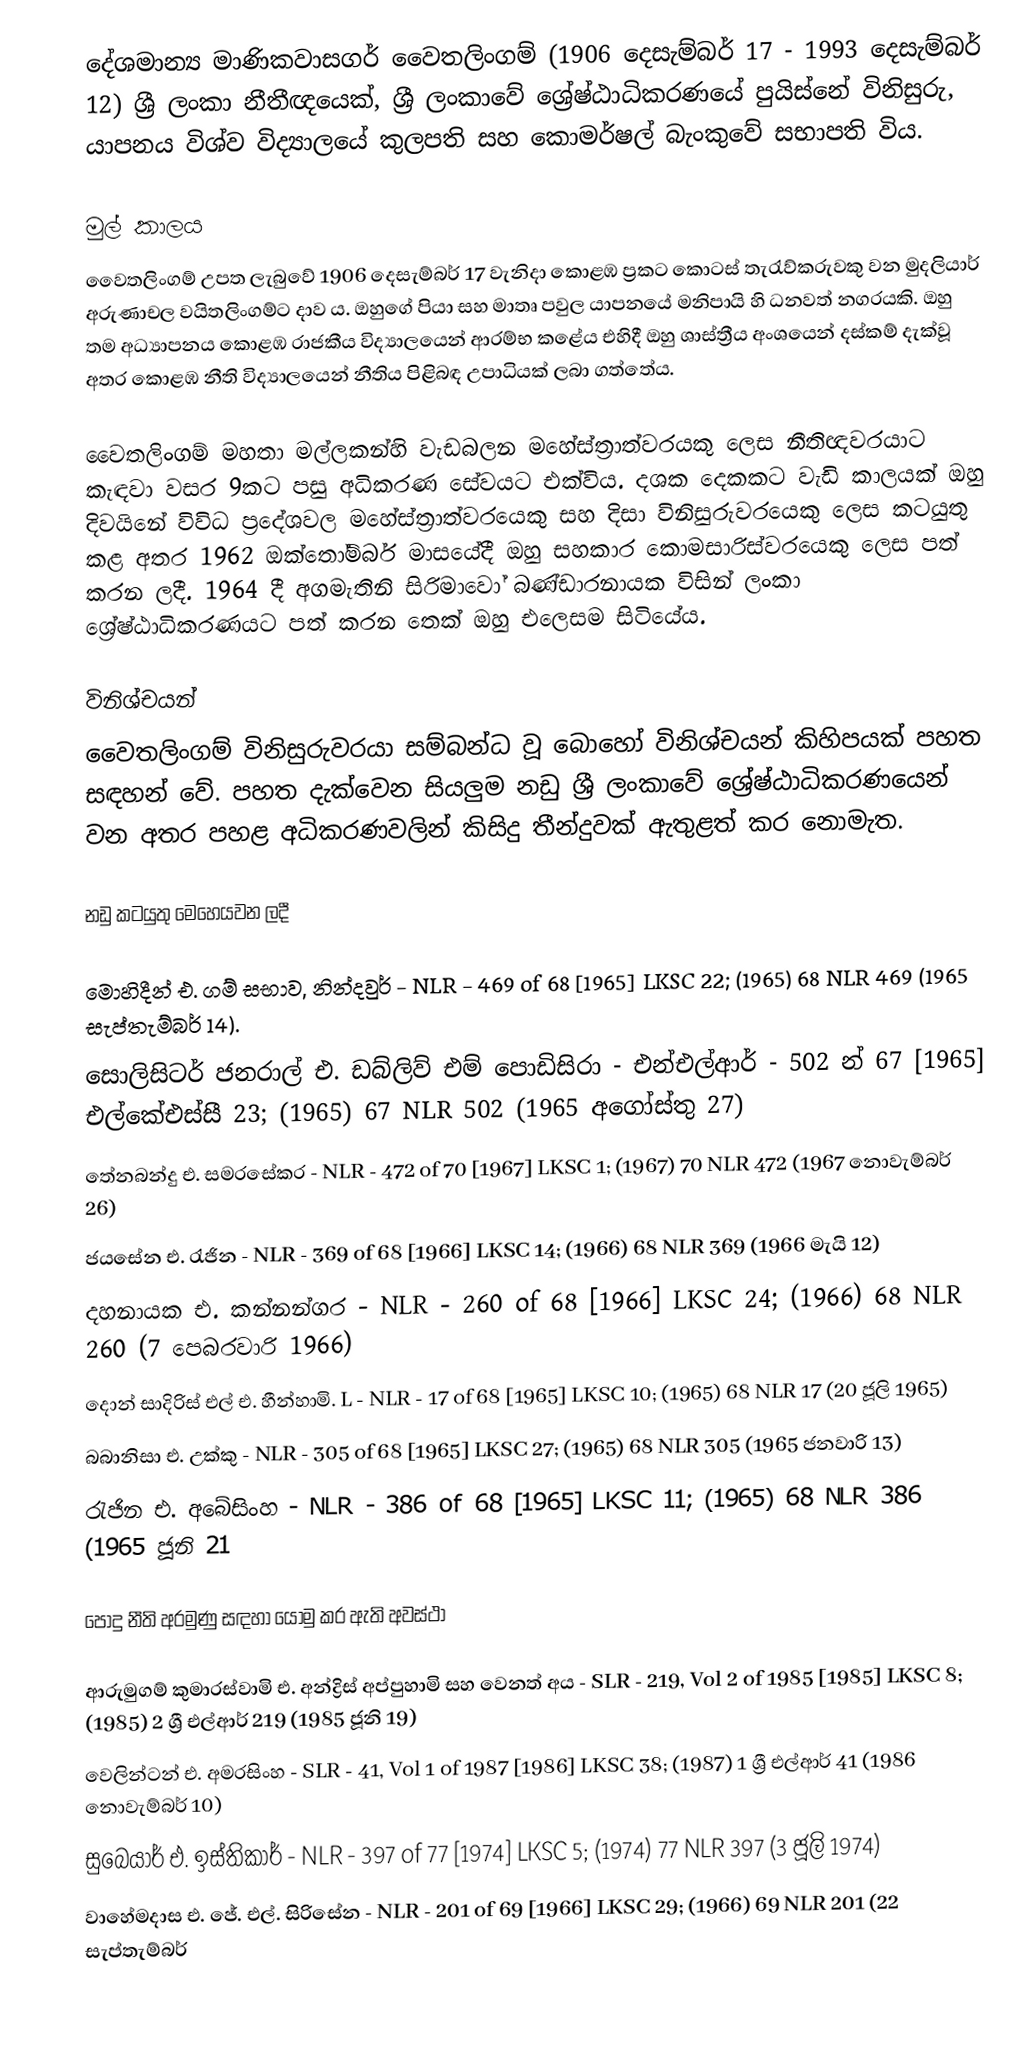
දේශමාන්‍ය මාණිකවාසගර් වෛතලිංගම් (1906 දෙසැම්බර් 17 - 1993 දෙසැම්බර් 12) ශ්‍රී ලංකා නීතීඥයෙක්, ශ්‍රී ලංකාවේ ශ්‍රේෂ්ඨාධිකරණයේ පුයිස්නේ විනිසුරු, යාපනය විශ්ව විද්‍යාලයේ කුලපති  සහ කොමර්ෂල් බැංකුවේ සභාපති විය.

මුල් කාලය
වෛතලිංගම් උපත ලැබුවේ 1906 දෙසැම්බර් 17 වැනිදා කොළඹ ප්‍රකට කොටස් තැරැව්කරුවකු වන මුදලියාර් අරුණාචල වයිතලිංගම්ට දාව ය. ඔහුගේ පියා සහ මාතෘ පවුල යාපනයේ මනිපායි හි ධනවත් නගරයකි. ඔහු තම අධ්‍යාපනය කොළඹ රාජකීය විද්‍යාලයෙන් ආරම්භ කළේය  එහිදී ඔහු ශාස්ත්‍රීය අංශයෙන් දස්කම් දැක්වූ අතර කොළඹ නීති විද්‍යාලයෙන් නීතිය පිළිබඳ උපාධියක් ලබා ගත්තේය.

වෛතලිංගම් මහතා මල්ලකන්හි වැඩබලන මහේස්ත්‍රාත්වරයකු ලෙස නීතිඥවරයාට කැඳවා වසර 9කට පසු අධිකරණ සේවයට එක්විය. දශක දෙකකට වැඩි කාලයක් ඔහු දිවයිනේ විවිධ ප්‍රදේශවල මහේස්ත්‍රාත්වරයෙකු සහ දිසා විනිසුරුවරයෙකු ලෙස කටයුතු කළ අතර 1962 ඔක්තෝම්බර් මාසයේදී ඔහු සහකාර කොමසාරිස්වරයෙකු ලෙස පත් කරන ලදී. 1964 දී අගමැතිනි සිරිමාවෝ බණ්ඩාරනායක විසින් ලංකා ශ්‍රේෂ්ඨාධිකරණයට පත් කරන තෙක් ඔහු එලෙසම සිටියේය.

විනිශ්චයන්
වෛතලිංගම් විනිසුරුවරයා සම්බන්ධ වූ බොහෝ විනිශ්චයන් කිහිපයක් පහත සඳහන් වේ. පහත දැක්වෙන සියලුම නඩු ශ්‍රී ලංකාවේ ශ්‍රේෂ්ඨාධිකරණයෙන් වන අතර පහළ අධිකරණවලින් කිසිදු තීන්දුවක් ඇතුළත් කර නොමැත.

නඩු කටයුතු මෙහෙයවන ලදී

 මොහිදීන් එ. ගම් සභාව, නින්දවුර් - NLR - 469 of 68 [1965] LKSC 22; (1965) 68 NLR 469 (1965 සැප්තැම්බර් 14).
 සොලිසිටර් ජනරාල් එ. ඩබ්ලිව් එම් පොඩිසිරා - එන්එල්ආර් - 502 න් 67 [1965] එල්කේඑස්සී 23; (1965) 67 NLR 502 (1965 අගෝස්තු 27)
 තේනබන්දු එ. සමරසේකර - NLR - 472 of 70 [1967] LKSC 1; (1967) 70 NLR 472 (1967 නොවැම්බර් 26)
 ජයසේන එ. රැජින - NLR - 369 of 68 [1966] LKSC 14; (1966) 68 NLR 369 (1966 මැයි 12)
 දහනායක එ. කන්නන්ගර - NLR - 260 of 68 [1966] LKSC 24; (1966) 68 NLR 260 (7 පෙබරවාරි 1966)
 දොන් සාදිරිස් එල් එ. හීන්හාමි. L - NLR - 17 of 68 [1965] LKSC 10; (1965) 68 NLR 17 (20 ජූලි 1965)
 බබානිසා එ. උක්කු - NLR - 305 of 68 [1965] LKSC 27; (1965) 68 NLR 305 (1965 ජනවාරි 13)
 රැජින එ. අබේසිංහ - NLR - 386 of 68 [1965] LKSC 11; (1965) 68 NLR 386 (1965 ජූනි 21

පොදු නීති අරමුණු සඳහා යොමු කර ඇති අවස්ථා

 ආරුමුගම් කුමාරස්වාමි එ. අන්ද්‍රිස් අප්පුහාමි සහ වෙනත් අය - SLR - 219, Vol 2 of 1985 [1985] LKSC 8; (1985) 2 ශ්‍රී එල්ආර් 219 (1985 ජූනි 19)
 වෙලින්ටන් එ. අමරසිංහ - SLR - 41, Vol 1 of 1987 [1986] LKSC 38; (1987) 1 ශ්‍රී එල්ආර් 41 (1986 නොවැම්බර් 10)
 සුබෙයාර් එ. ඉස්තිකාර් - NLR - 397 of 77 [1974] LKSC 5; (1974) 77 NLR 397 (3 ජූලි 1974)
 වාහේමදාස එ. ජේ. එල්. සිරිසේන - NLR - 201 of 69 [1966] LKSC 29; (1966) 69 NLR 201 (22 සැප්තැම්බර්